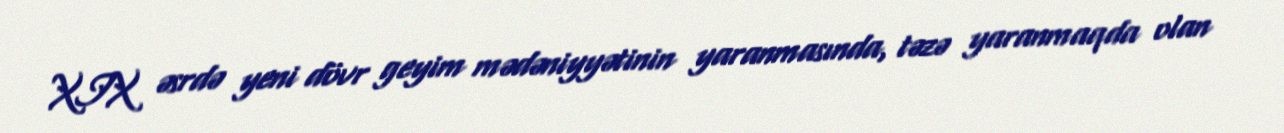
XIX əsrdə yeni dövr geyim mədəniyyətinin yaranmasında, təzə yaranmaqda olan